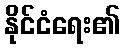
နိုင်ငံရေး၏